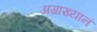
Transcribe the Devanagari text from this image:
अग्राख्यानं